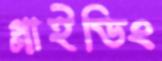
গ্লাইডিং